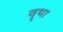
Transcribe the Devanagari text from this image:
वॄथा